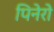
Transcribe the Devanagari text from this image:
पिनेरो